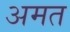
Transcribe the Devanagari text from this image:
अमत